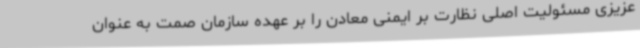
عزیزی مسئولیت اصلی نظارت بر ایمنی معادن را بر عهده سازمان صمت به عنوان